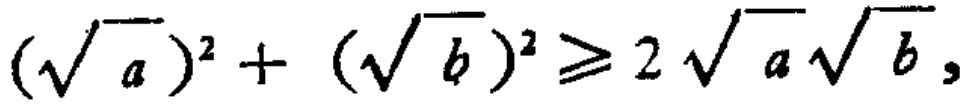
$(\sqrt{a})^{2}+(\sqrt{b})^{2}\geqslant 2\sqrt{a}\sqrt{b},$